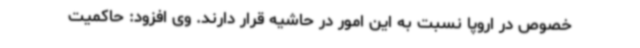
خصوص در اروپا نسبت به این امور در حاشیه قرار دارند. وی افزود: حاکمیت